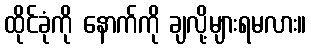
ထိုင်ခုံကို နောက်ကို ချလို့များရမလား။